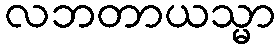
လဘတာယသ္မာ